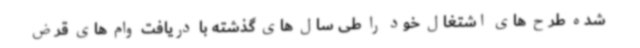
شده طرح های اشتغال خود را طی سال های گذشته با دریافت وام های قرض